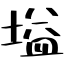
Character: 塧